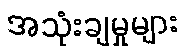
အသုံးချမှုများ